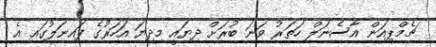
ޗެމްޕިއަން އާސެނަލް ހަތަރު ވަނަ ބުރަށް ދިޔައީ މިދިޔަ އަހަރުގެ ފައިނަލުގައި އެ